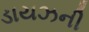
ડાયઝની